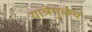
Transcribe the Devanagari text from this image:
यात्रेमुळेच